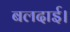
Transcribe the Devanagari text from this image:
बलदाई।